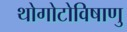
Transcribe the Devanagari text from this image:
थोगोटोविषाणु